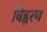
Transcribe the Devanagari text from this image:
विह्वरण